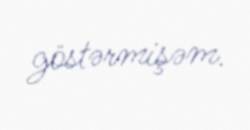
göstərmişəm.